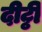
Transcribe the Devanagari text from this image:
दीट्ठी